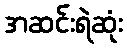
အဆင်းရဲဆုံး